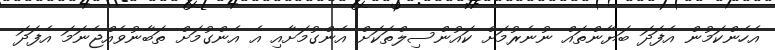
އެހެންކަމުން އެފަދަ ބަޔާންތައް ނުނެރުމަށް ކައުންސިލްތަކަށް އެންގުމަށާއި އެ އެންގުމަށް ތަބާނުވެއްޖެނަމަ އެފަދަ